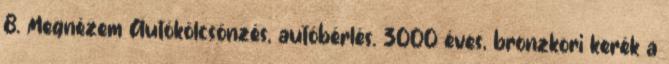
8. Megnézem Autókölcsönzés, autóbérlés. 3000 éves, bronzkori kerék a